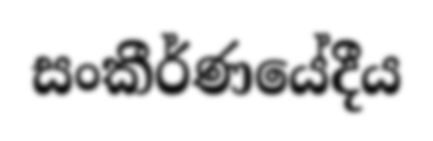
සංකීර්ණයේදීය